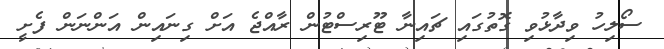
ސޯލިހު ވިދާޅުވި ގޮތުގައި ޗައިނާ ޓޫރިސްޓުން ރާއްޖެ އަށް ގިނައިން އަންނަން ފެށީ